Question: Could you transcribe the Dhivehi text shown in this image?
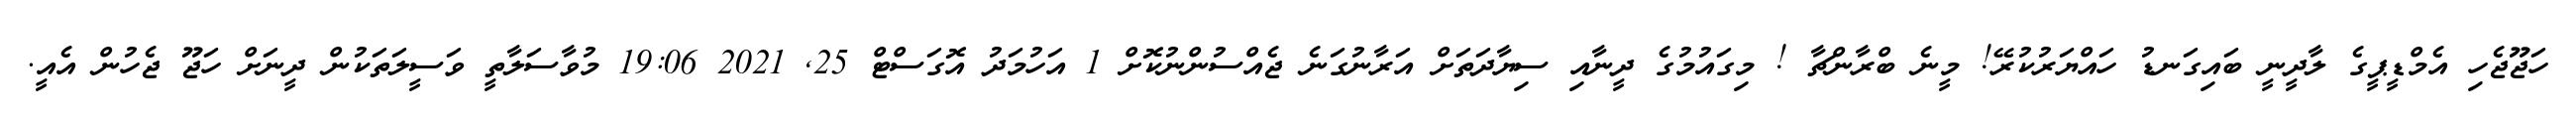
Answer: ހަޖޫޖެހި އެމްޑީޕީގެ ލާދީނީ ބައިގަނޑު ހައްޔަރުކުރޭ! މީނެ ބްރާންޗާ ! މިގައުމުގެ ދީނާއި ސިޔާދަތަށް އަރާނުގަނެ ޖެއްސުންނުކޮށް 1 އަހުމަދު އޮގަސްޓް 25, 2021 19:06 މުވާސަލާތީ ވަސީލަތަކުން ދީނަށް ހަޖޫ ޖެހުން އެއީ.